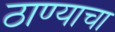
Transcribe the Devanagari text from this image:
ठाण्याचा